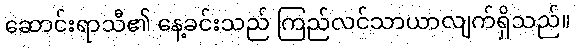
ဆောင်းရာသီ၏ နေ့ခင်းသည် ကြည်လင်သာယာလျက်ရှိသည်။